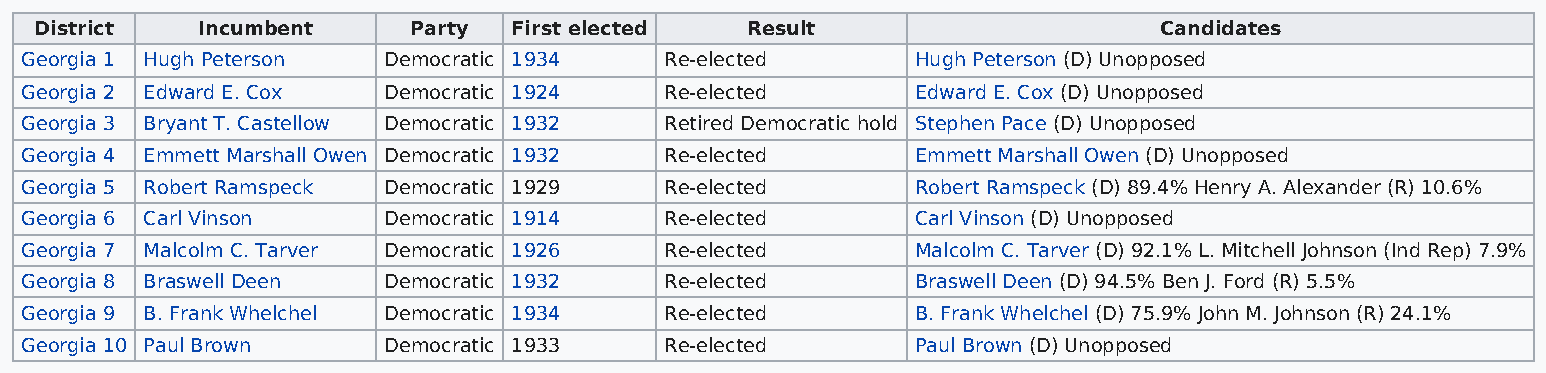
District   Incumbent     Party  First elected  Result                      Candidates
 Georgia 1 Hugh Peterson Democratic 1934    Re-elected       Hugh Peterson (D) Unopposed
 Georgia 2 Edward E. Cox Democratic 1924    Re-elected       Edward E. Cox (D) Unopposed
 Georgia 3 Bryant T. Castellow Democratic 1932 Retired Democratic hold Stephen Pace (D) Unopposed
 Georgia 4 Emmett Marshall Owen Democratic 1932 Re-elected   Emmett Marshall Owen (D) Unopposed
 Georgia 5 Robert Ramspeck Democratic 1929  Re-elected       Robert Ramspeck (D) 89.4% Henry A. Alexander (R) 10.6%
 Georgia 6 Carl Vinson   Democratic 1914    Re-elected       Carl Vinson (D) Unopposed
 Georgia 7 Malcolm C. Tarver Democratic 1926 Re-elected      Malcolm C. Tarver (D) 92.1% L. Mitchell Johnson (Ind Rep) 7.9%
 Georgia 8 Braswell Deen Democratic 1932    Re-elected       Braswell Deen (D) 94.5% Ben J. Ford (R) 5.5%
 Georgia 9 B. Frank Whelchel Democratic 1934 Re-elected      B. Frank Whelchel (D) 75.9% John M. Johnson (R) 24.1%
 Georgia 10 Paul Brown   Democratic 1933    Re-elected       Paul Brown (D) Unopposed